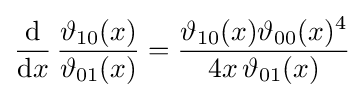
{\frac {\mathrm {d} }{\mathrm {d} x}}\,{\frac {\vartheta _{10}(x)}{\vartheta _{01}(x)}}={\frac {\vartheta _{10}(x)\vartheta _{00}(x)^{4}}{4x\,\vartheta _{01}(x)}}